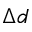
\Delta d